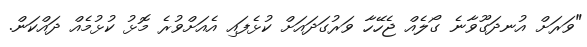
"ވަރަށް އުނދަގޫވާނެ ގޯލެއް ޖެހޭހާ ވަރުގަދައަށް ކުޅެފައި އެއަށްވުރެ މޮޅު ކުޅުމެއް ދައްކަން.